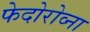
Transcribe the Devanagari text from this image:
फेदोरोव्ना